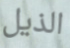
الذيل